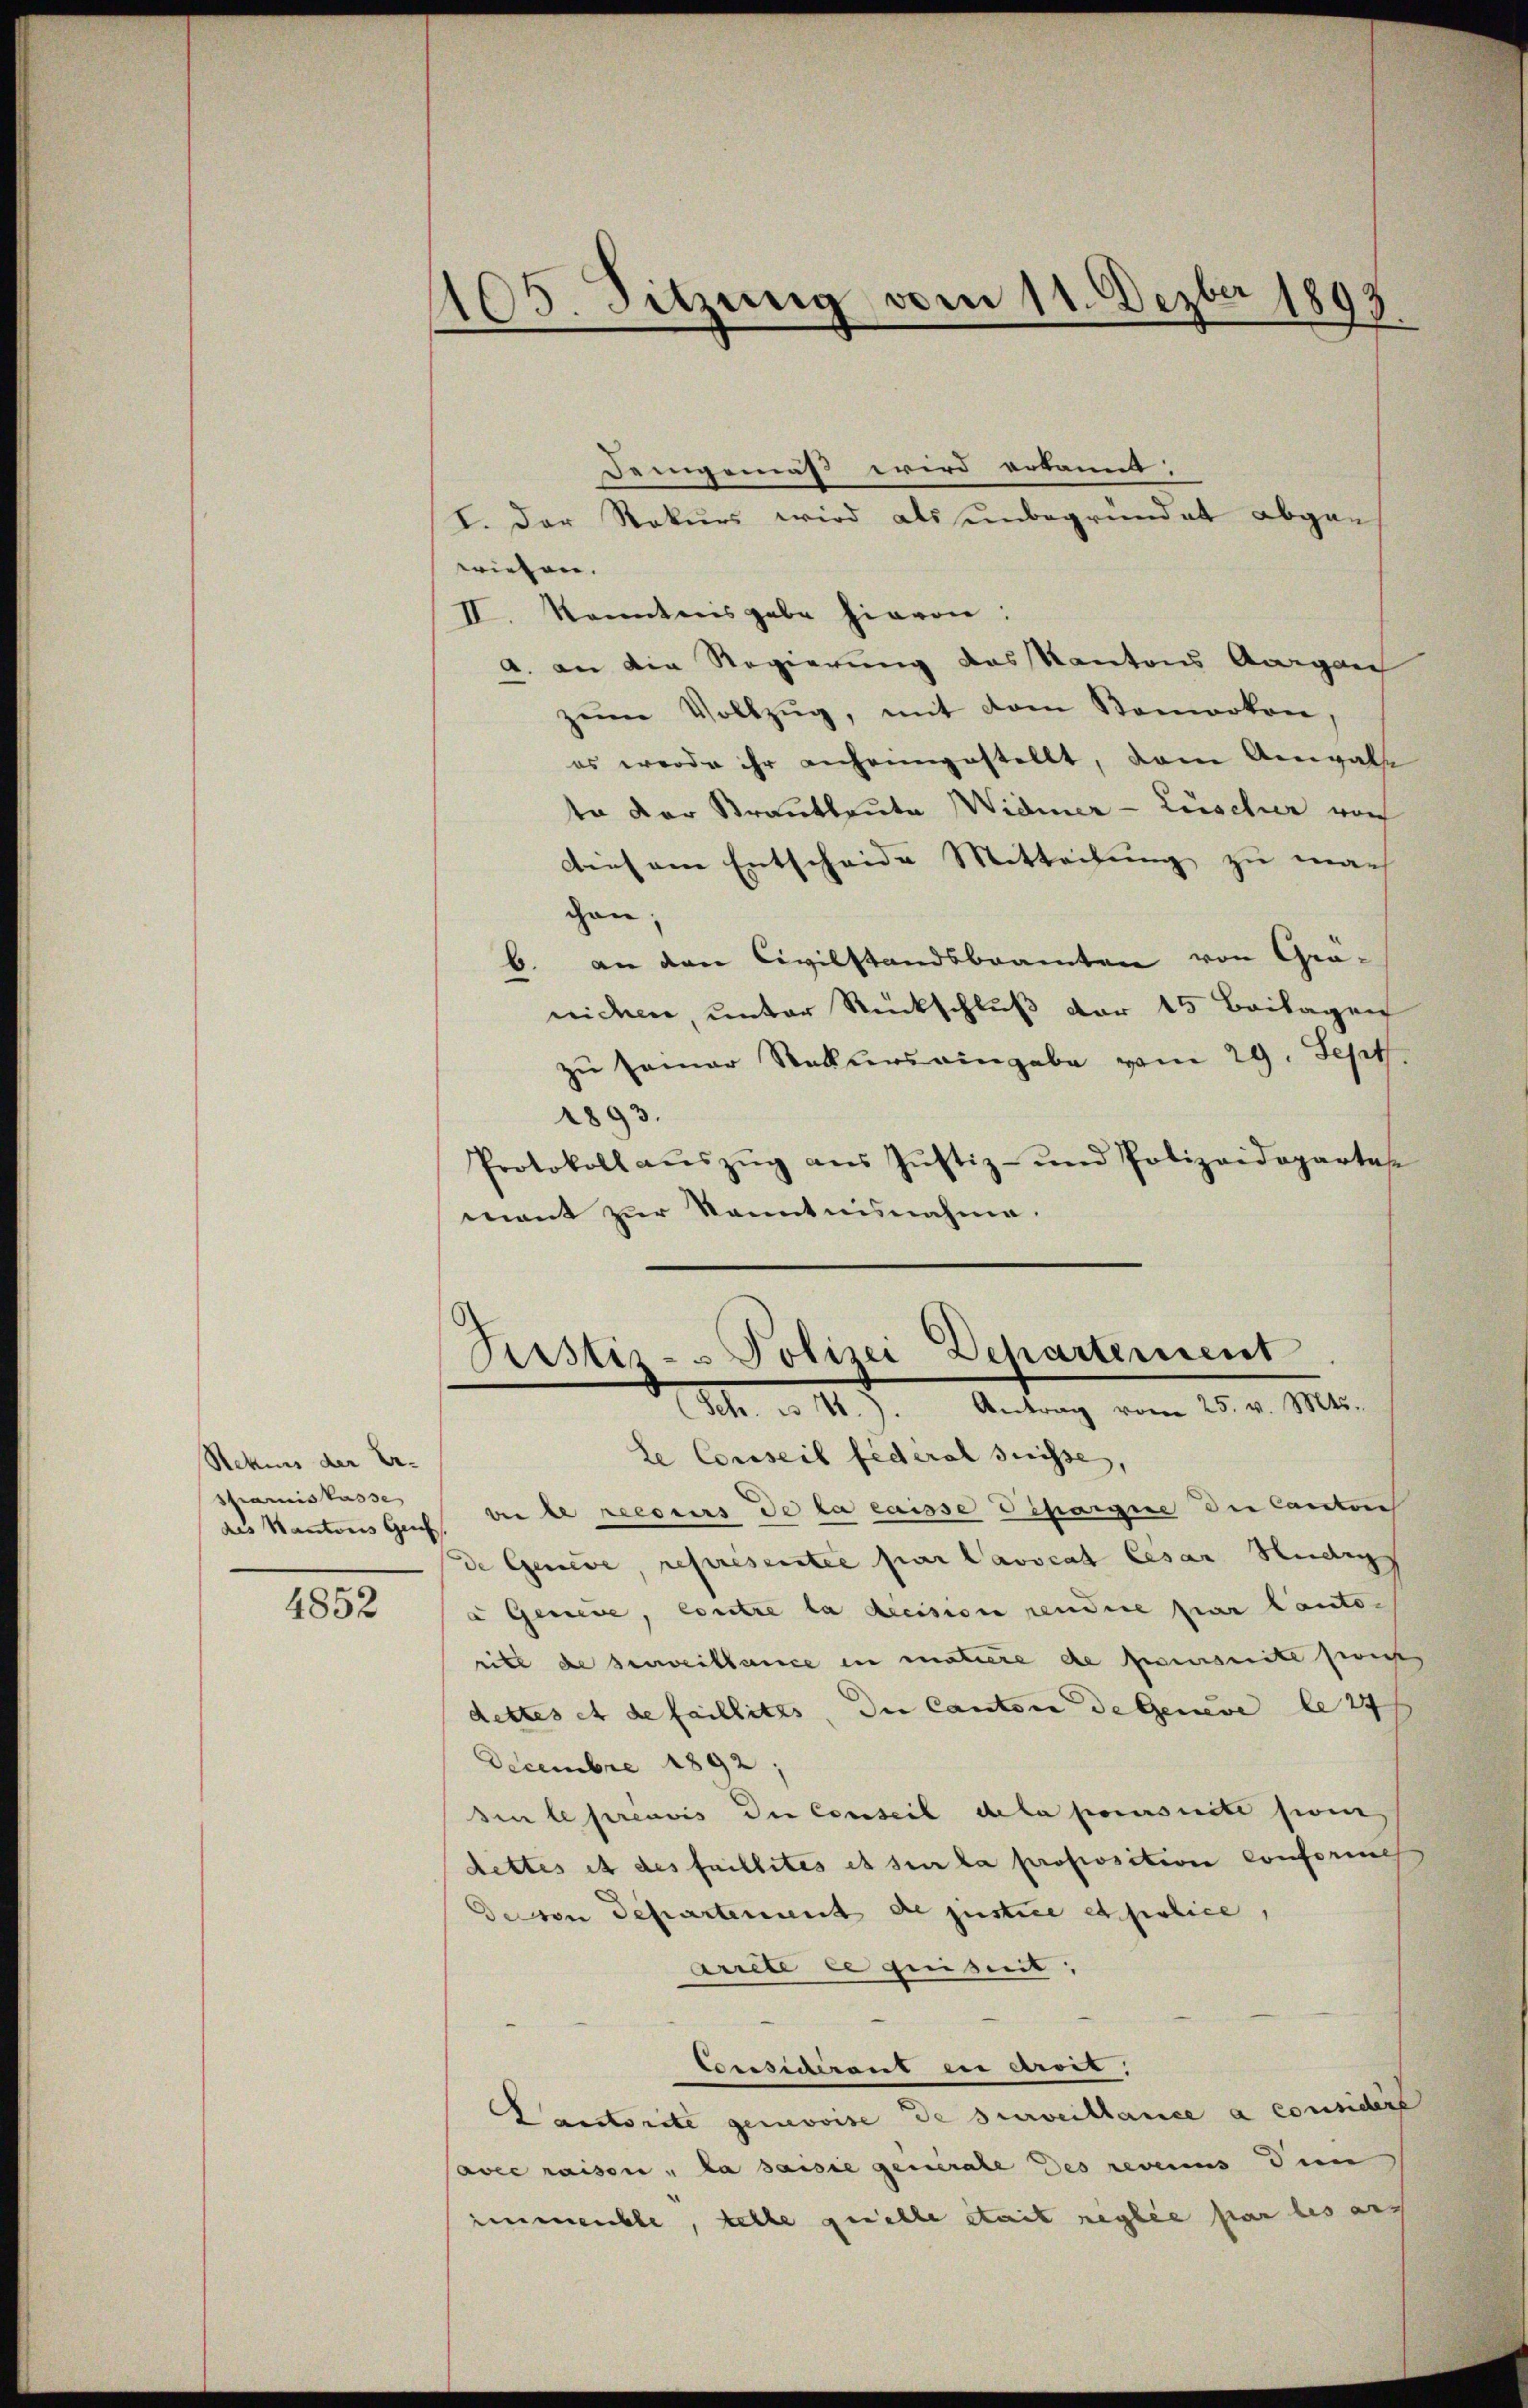
Rekurs der Er-
Spanis kasse

4852

1105. Sitzung vom 11. Dezbr 1893

I. Der Rekurs wird als unbegründet abgan
wiesen.
II. Kanntnisgabe hievon:
A. an die Regierung das Kantons Aargau
zŭm Vollzŭg, mit dem Somerken,
es werde ihr anheimgestellt, dem Anwalte
te der Krautleute Widmer - Lüscher von
diesem Entscheide Mitteilung zu mach
chen;
b. an den Civilstandsbeamten von Grä-
nichen, unter Rückschluß der 15 Beilagen
zŭ seiner Rekurs eingabe vom 29. Sept.
1893.
Protokoll aŭszŭg aŭs Jŭstiz- und Polizeidopartet
mant zur Kenntnisnahme.

le Conseil fédéral suisse,
des Kantons Guss die le recours de la caisse Dipargie die Cantons
de Geneve, représentie par Cavocat Cesar Hedigs
a Gesiege, contre la decision rendere par Canto-
ritt de serweillance in matiere de poursuite sicht
dettes et de faillites, die Canton de Geneve le 24 f
Decembre 1892,
sin le préavis die Conseil de la poursuite sin
dettes ist des faillites et sur la proposition conforme
De von Departement de justice et police,
Arrete le geist.
Considérant in Arret,
Vautorite gemovise de surveillance a considere
avec raison, la saisie generale Des revenus den
immenste, telle quelle stait neglée par les aus

Demgemäß wird erkannt:

Pustiz- u Polizei Departement
Sch. u. 71.). Antrag vom 25. v. Mts.